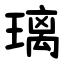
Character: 璃